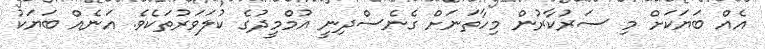
އެއް ބަޔަކަށް މި ސަރުކާރުން މިހާތަނަށް ގެނެސްދިނީ އުމްމީދުގެ ކުލަވަރުތަކެވެ. އަނެއް ބަޔަކު